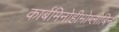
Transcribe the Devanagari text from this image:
कार्बमिनोहीमोग्लोबिन